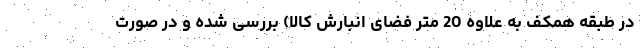
در طبقه همکف به علاوه 20 متر فضای انبارش کالا) بررسی شده و در صورت